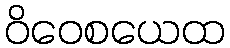
ဝိဝေစယေထ